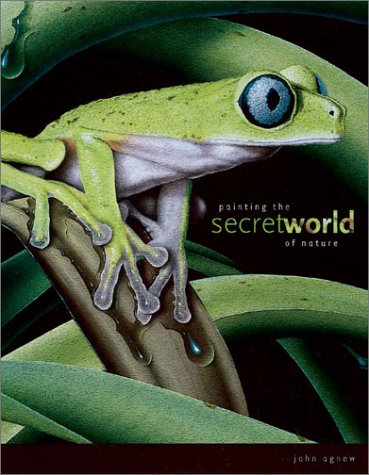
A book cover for Painting the Secret World of Nature; John Agnew; Arts & Photography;